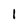
Character: 1